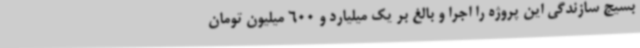
بسیج سازندگی این پروژه را اجرا و بالغ بر یک میلیارد و 600 میلیون تومان